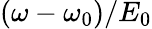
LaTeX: (\omega-\omega_{0})/E_{0}